Lunatic asylums Central Provinces reports 1886-1894 - 1886-1894
Year: 1886
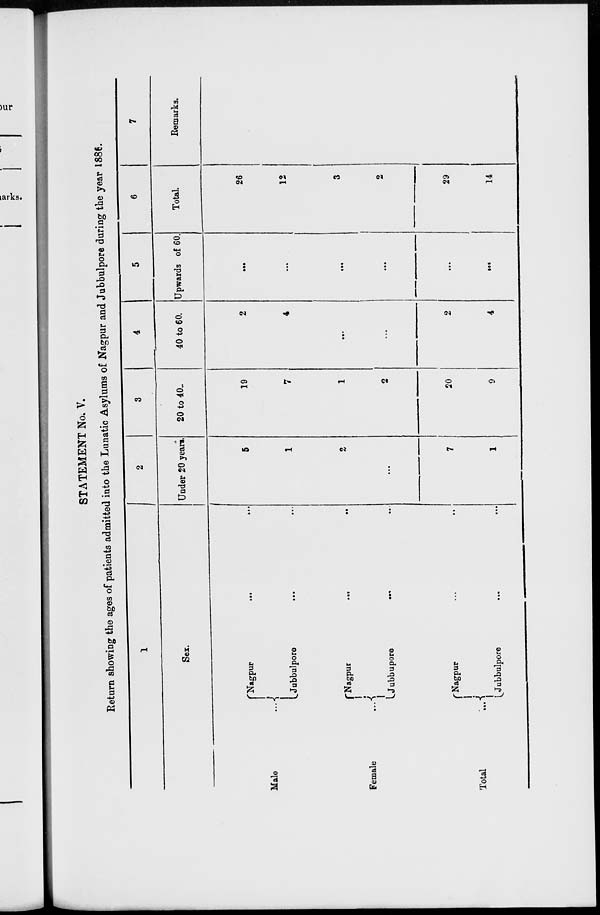
STATEMENT No. V.
Return showing the ages of patients admitted into the Lunatic Asylums of Nagpur and Jubbulpore during the year 1886.
1
Sex.
Male ...
Female
...
Total
...
Nagpur
...
...
Jubbulpore
...
...
Nagpur
...
...
Jubbulpore
...
...
Nagpur ... ...
Jubbulpore
...
...
2
Under 20 years
5
1
2
...
7
1
3
20 to 40.
19
7
1
2
20
9
4
40 to 60.
2
4
...
...
2
4
5
Upwards of 60
...
...
...
...
...
...
6
Total
26
12
3
2
29
14
7
Remarks.